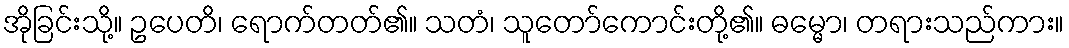
အိုခြင်းသို့။ ဥပေတိ၊ ရောက်တတ်၏။ သတံ၊ သူတော်ကောင်းတို့၏။ ဓမ္မော၊ တရားသည်ကား။